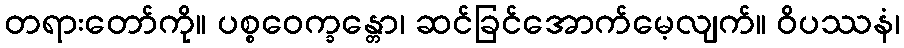
တရားတော်ကို။ ပစ္စဝေက္ခန္တော၊ ဆင်ခြင်အောက်မေ့လျက်။ ဝိပဿနံ၊